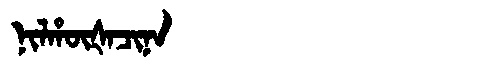
Manchu: ᠨᡳᠯᡥᡡᡧᠠᠴᡳᠨᠠ
Romanization: NILHŪŠACINA